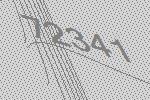
72341